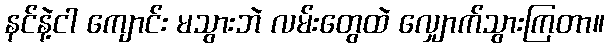
နင်နဲ့ငါ ကျောင်း မသွားဘဲ လမ်းတွေထဲ လျှောက်သွားကြတာ။